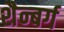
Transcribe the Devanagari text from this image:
शैन्बर्ग